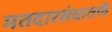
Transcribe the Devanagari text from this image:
मतदारसंघातर्फे